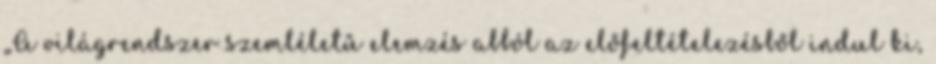
„A világrendszer szemléletű elemzés abból az előfeltételezésből indul ki,